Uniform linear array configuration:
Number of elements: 48
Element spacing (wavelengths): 0.75
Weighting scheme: hann
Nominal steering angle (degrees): -30
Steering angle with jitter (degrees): -30.15
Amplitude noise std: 0.05
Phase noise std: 0.05

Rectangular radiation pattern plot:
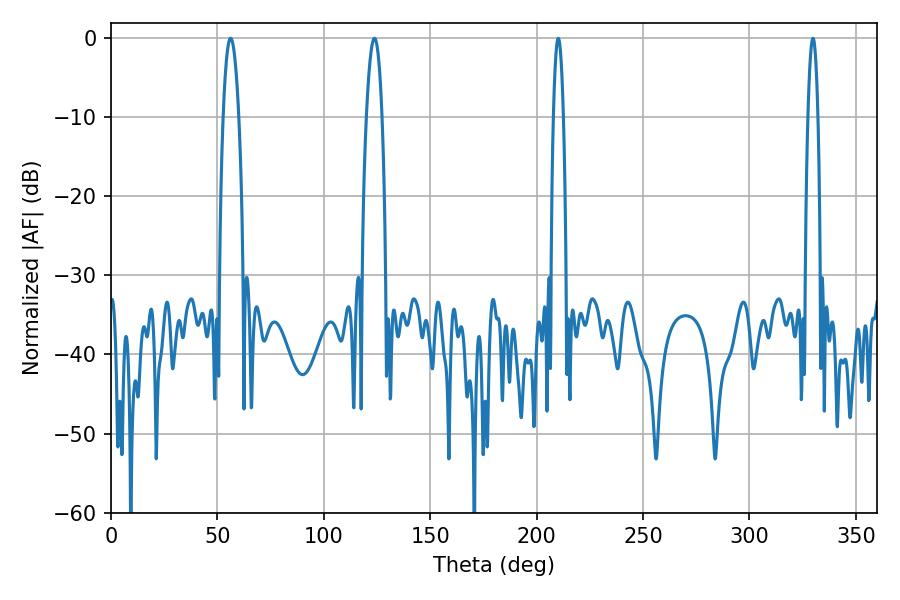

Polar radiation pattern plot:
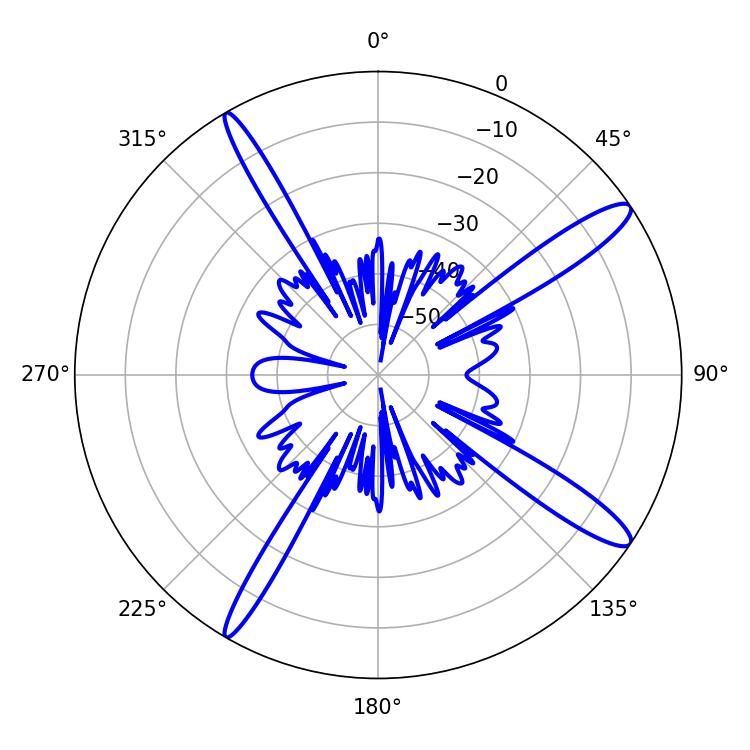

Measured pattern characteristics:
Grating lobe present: TRUE
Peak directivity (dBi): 14.082
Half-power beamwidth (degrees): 4.14
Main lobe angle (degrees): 56.16